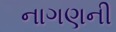
નાગણની